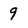
Character: 9